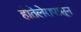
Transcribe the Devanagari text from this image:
होतेलेरापासून